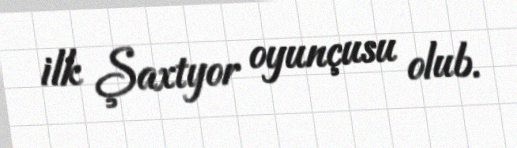
ilk Şaxtyor oyunçusu olub.